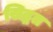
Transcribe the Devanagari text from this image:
सिद्धत